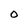
Character: O